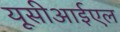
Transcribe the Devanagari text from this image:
यूसीआईएल